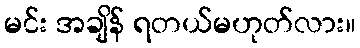
မင်း အချိန် ရတယ်မဟုတ်လား။